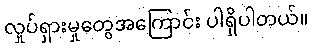
လှုပ်ရှားမှုတွေအကြောင်း ပါရှိပါတယ်။